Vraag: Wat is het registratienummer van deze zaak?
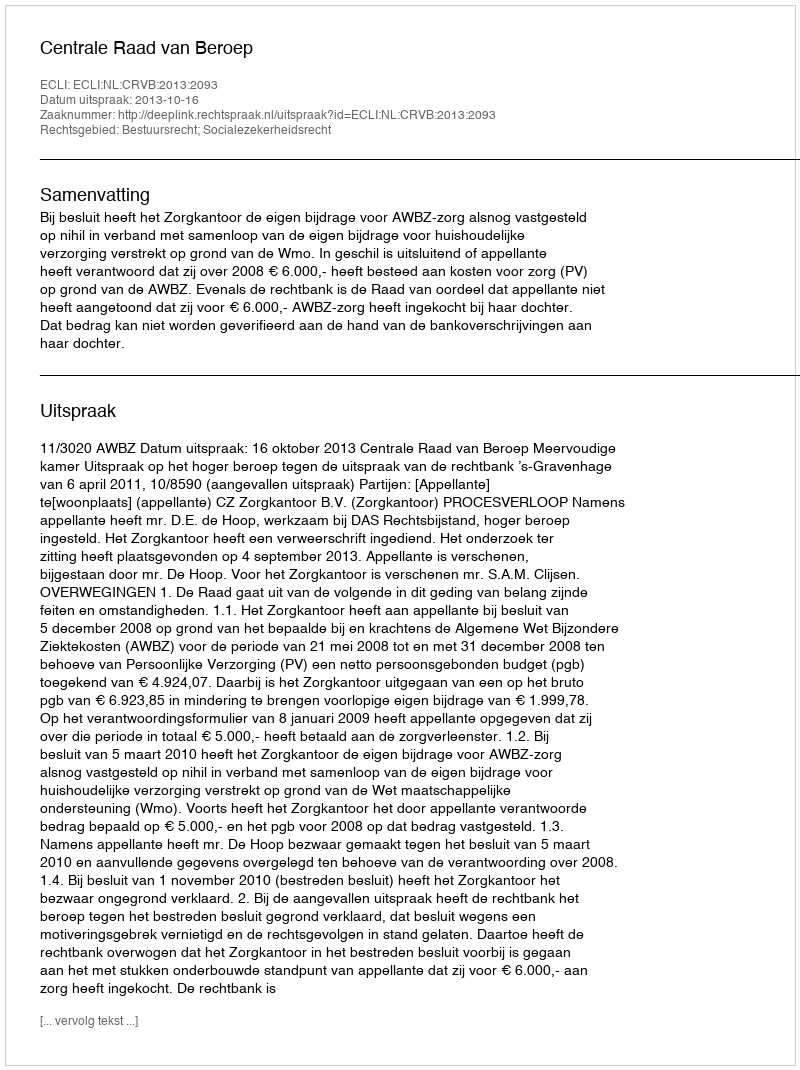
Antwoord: http://deeplink.rechtspraak.nl/uitspraak?id=ECLI:NL:CRVB:2013:2093